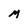
Character: M